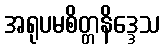
အရုပမစိတ္တနိဒ္ဒေသ